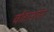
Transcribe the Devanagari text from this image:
चौहानांना